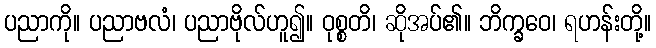
ပညာကို။ ပညာဗလံ၊ ပညာဗိုလ်ဟူ၍။ ဝုစ္စတိ၊ ဆိုအပ်၏။ ဘိက္ခဝေ၊ ရဟန်းတို့။